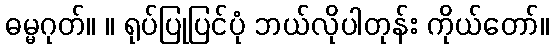
ဓမ္မဂုတ်။ ။ ရုပ်ပြုပြင်ပုံ ဘယ်လိုပါတုန်း ကိုယ်တော်။